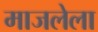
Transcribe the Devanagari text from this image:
माजलेला